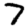
Digit: 7